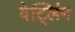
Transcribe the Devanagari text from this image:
वेट्लिंग